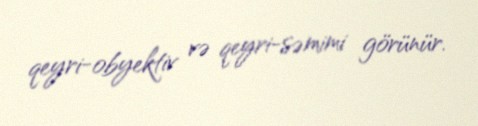
qeyri-obyektiv və qeyri-səmimi görünür.